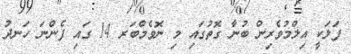
ފަލަކީ އިލްމުވެރިން ބުނާ ގޮތުގައި މި ނޮވެމްބަރ 14 ގައި ފެންނަ ހަނދު